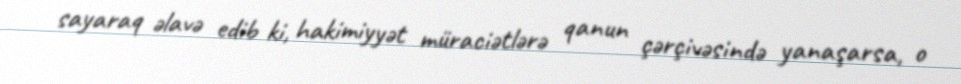
sayaraq əlavə edib ki, hakimiyyət müraciətlərə qanun çərçivəsində yanaşarsa, o